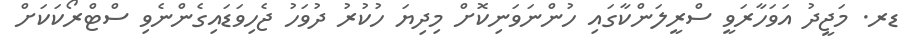
ޑރ. މަޖީދު އަވަހާރަވީ ސްރީލަންކާގައި ހުންނަވަނިކޮށް މިދިޔަ ހުކުރު ދުވަހު ޖެހިވަޑައިގެންނެވި ސްޓްރޯކަކަށް